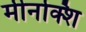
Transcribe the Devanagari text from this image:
मीनक्शि